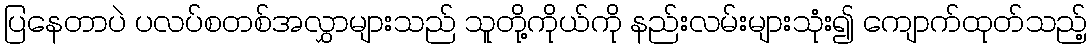
ပြနေတာပဲ ပလပ်စတစ်အလွှာများသည် သူတို့ကိုယ်ကို နည်းလမ်းများသုံး၍ ကျောက်ထုတ်သည့်